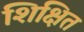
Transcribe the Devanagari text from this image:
शिक्षित